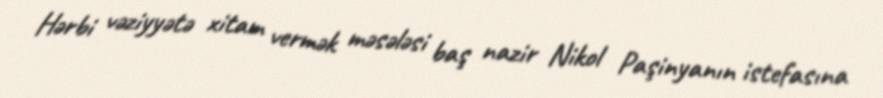
Hərbi vəziyyətə xitam vermək məsələsi baş nazir Nikol Paşinyanın istefasına